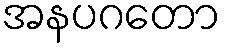
အနပဂတော